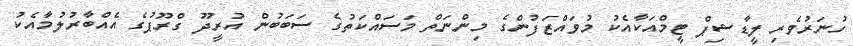
ހުނަރުވެރި ލީޑާޝިޕް ޓީމްއަކާއެކު މުވައްޒަފުންގެ މިންނަތް މަސައްކަތުގެ ސަބަބުން އުރީދޫ ގްރޫޕުގެ އެއްބާރުލުމާއެކު